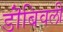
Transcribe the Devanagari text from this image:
डॊंबिवली